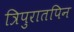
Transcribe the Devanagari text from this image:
त्रिपुरातपिन